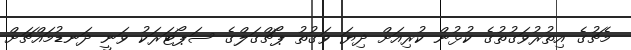
މެޗުގެ އިތުރުވަގުތުގެ ކުޅުން ކުރިއަށް ދިޔަ ވަގުތު ޕޯޗްގަލްގެ ސަޕޯޓަރަކު ވަނީ ދަނޑުމައްޗަށް